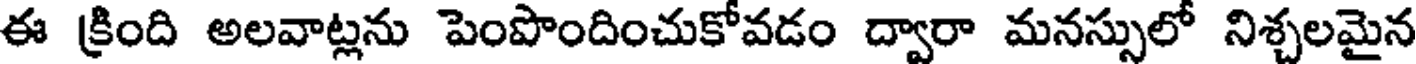
ఈ క్రింది అలవాట్లను పెంపొందించుకోవడం ద్వారా మనస్సులో నిశ్చలమైన